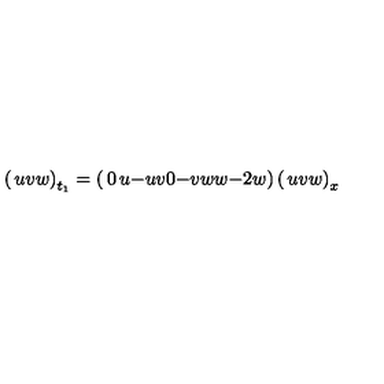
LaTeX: \left( \begin{matrix} { u } \\ { v } \\ { w } \\ \end{matrix} \right) _ { t _ { 1 } } = \left( \begin{matrix} { 0 } & { u } & { - u } \\ { v } & { 0 } & { - v } \\ { w } & { w } & { - 2 w } \\ \end{matrix} \right) \left( \begin{matrix} { u } \\ { v } \\ { w } \\ \end{matrix} \right) _ { x }